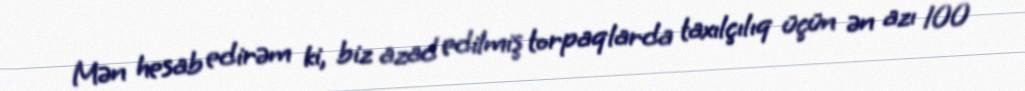
Mən hesab edirəm ki, biz azad edilmiş torpaqlarda taxılçılıq üçün ən azı 100